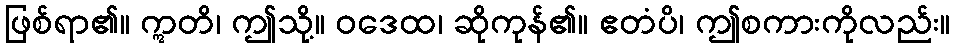
ဖြစ်ရာ၏။ ဣတိ၊ ဤသို့။ ဝဒေထ၊ ဆိုကုန်၏။ ဧတံပိ၊ ဤစကားကိုလည်း။